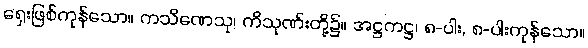
ရှေးဖြစ်ကုန်သော။ ကသိဏေသု၊ ကိသုဏ်းတို့၌။ အဋ္ဌကဋ္ဌ၊ ၈-ပါး, ၈-ပါးကုန်သော။